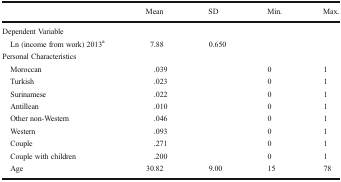
|  | Mean | SD | Min. | Max. |
 | --- | --- | --- | --- | --- |
 | <COLSPAN=5> Dependent Variable |
 | Ln (income from work) 2013a | 7.88 | 0.650 |  |  |
 | <COLSPAN=5> Personal Characteristics |
 | Moroccan | .039 |  | 0 | 1 |
 | Turkish | .023 |  | 0 | 1 |
 | Surinamese | .022 |  | 0 | 1 |
 | Antillean | .010 |  | 0 | 1 |
 | Other non-Western | .046 |  | 0 | 1 |
 | Western | .093 |  | 0 | 1 |
 | Couple | .271 |  | 0 | 1 |
 | Couple with children | .200 |  | 0 | 1 |
 | Age | 30.82 | 9.00 | 15 | 78 |